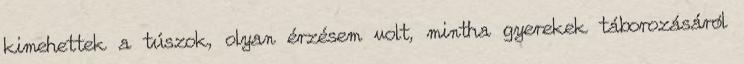
kimehettek a túszok, olyan érzésem volt, mintha gyerekek táborozásáról